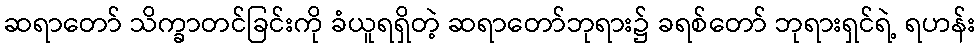
ဆရာတော် သိက္ခာတင်ခြင်းကို ခံယူရရှိတဲ့ ဆရာတော်ဘုရား၌ ခရစ်တော် ဘုရားရှင်ရဲ့ ရဟန်း